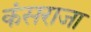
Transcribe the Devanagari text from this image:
कंसराजा